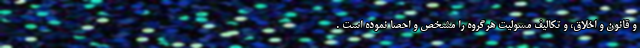
و قانون و اخلاق، و تکالیف مسولیت هرگروه را مشخص و احصا نموده است .